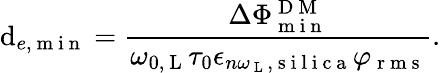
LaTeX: \mathrm{d}_{e,\mathrm{{~m~i~n~}}}=\frac{{\Delta\Phi_{\mathrm{{~m~i~n~}}}^{\mathrm{{~D~M~}}}}}{{\omega_{0,\mathrm{{~L~}}}\tau_{0}\epsilon_{n\omega_{\mathrm{{~L~}}},\mathrm{{~s~i~l~i~c~a~}}}\varphi_{\mathrm{{~r~m~s~}}}}}.